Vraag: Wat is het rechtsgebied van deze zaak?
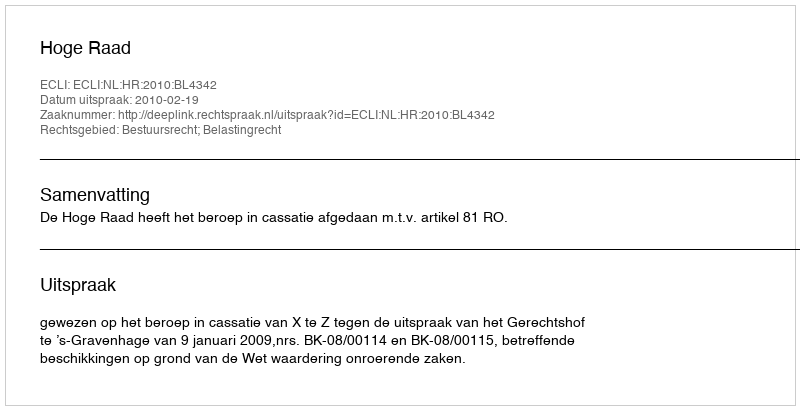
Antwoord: Bestuursrecht; Belastingrecht